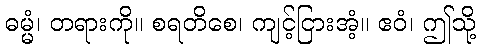
ဓမ္မံ၊ တရားကို။ စရတိစေ၊ ကျင့်ငြားအံ့။ ဧဝံ၊ ဤသို့